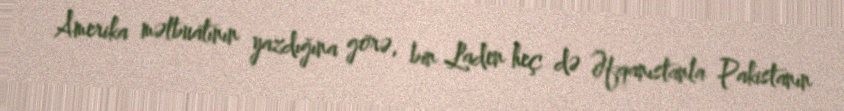
Amerika mətbuatının yazdığına görə, bin Laden heç də Əfqanıstanla Pakistanın